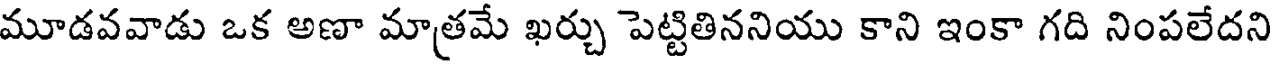
మూడవవాడు ఒక అణా మాత్రమే ఖర్చు పెట్టితిననియు కాని ఇంకా గది నింపలేదని